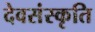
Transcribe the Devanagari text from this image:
देवसंस्कृति